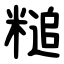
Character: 䊚